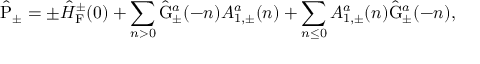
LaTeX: \hat { \mathrm { P } } _ { \pm } = \pm \hat { \cal H } _ { \mathrm { F } } ^ { \pm } ( 0 ) + \sum _ { n > 0 } \hat { \mathrm { G } } _ { \pm } ^ { a } ( - n ) { A } _ { 1 , \pm } ^ { a } ( n ) + \sum _ { n \leq 0 } { A } _ { 1 , \pm } ^ { a } ( n ) \hat { \mathrm { G } } _ { \pm } ^ { a } ( - n ) ,